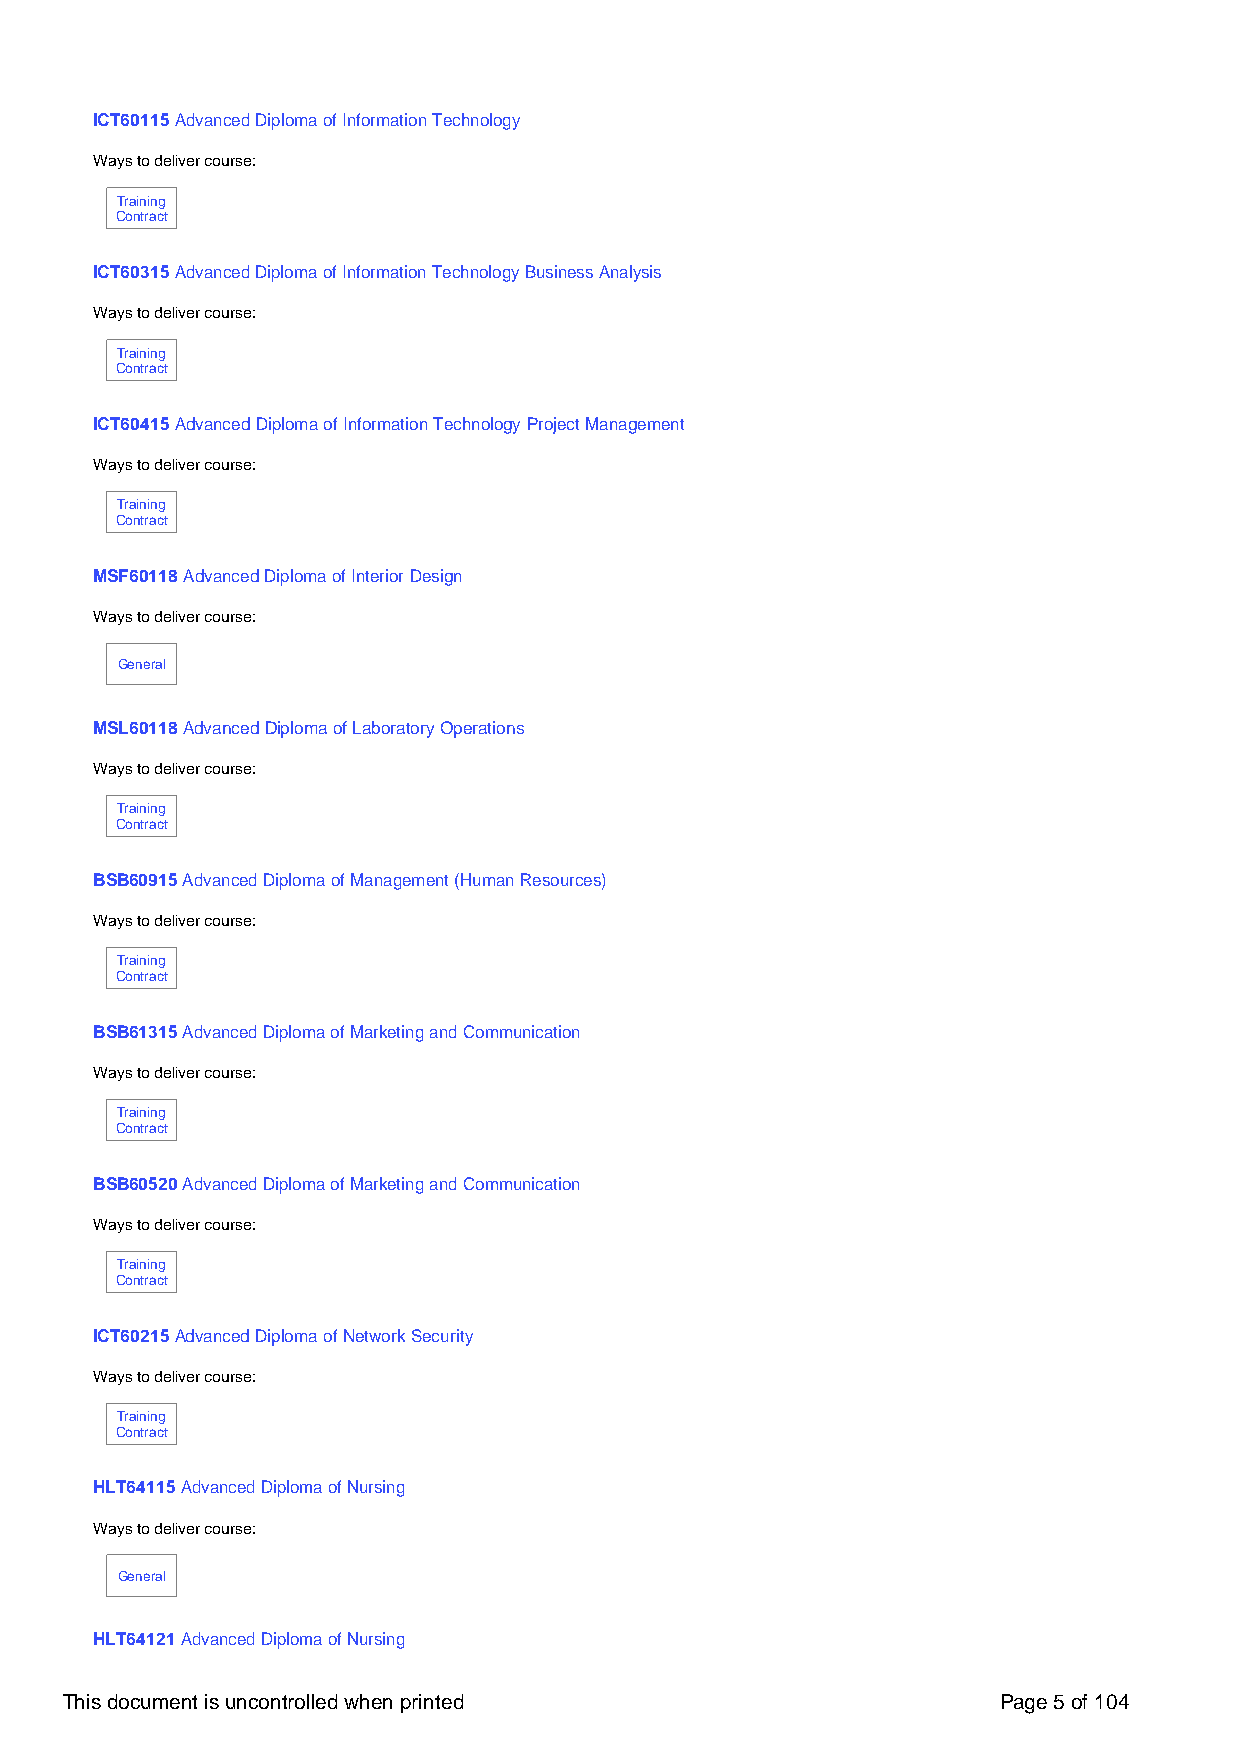
ICT60115 Advanced Diploma of Information Technology
 Ways to deliver course:
 Training
 Contract
 ICT60315 Advanced Diploma of Information Technology Business Analysis
 Ways to deliver course:
 Training
 Contract
 ICT60415 Advanced Diploma of Information Technology Project Management
 Ways to deliver course:
 Training
 Contract
 MSF60118 Advanced Diploma of Interior Design
 Ways to deliver course:
 General
 MSL60118 Advanced Diploma of Laboratory Operations
 Ways to deliver course:
 Training
 Contract
 BSB60915 Advanced Diploma of Management (Human Resources)
 Ways to deliver course:
 Training
 Contract
 BSB61315 Advanced Diploma of Marketing and Communication
 Ways to deliver course:
 Training
 Contract
 BSB60520 Advanced Diploma of Marketing and Communication
 Ways to deliver course:
 Training
 Contract
 ICT60215 Advanced Diploma of Network Security
 Ways to deliver course:
 Training
 Contract
 HLT64115 Advanced Diploma of Nursing
 Ways to deliver course:
 General
 HLT64121 Advanced Diploma of Nursing
 This document is uncontrolled when printed                    Page 5 of 104